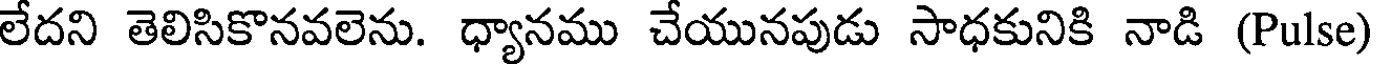
లేదని తెలిసికొనవలెను. ధ్యానము చేయునపుడు సాధకునికి నాడి (Pulse)